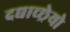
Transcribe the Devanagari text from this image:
दद्याच्छ्रेयो